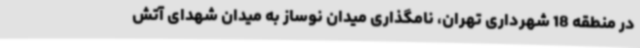
در منطقه 18 شهرداری تهران، نامگذاری میدان نوساز به میدان شهدای آتش